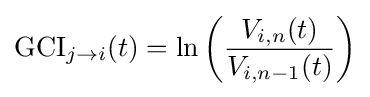
\mathrm {GCI} _{j\rightarrow i}(t)=\ln \left({\frac {V_{i,n}(t)}{V_{i,n-1}(t)}}\right)